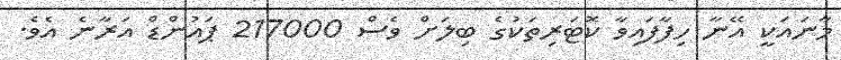
މާނައަކީ އޭނާ ހިފާފައިވާ ކޮޓަރިތަކުގެ ބިލަށް ވެސް 217000 ޕައުންޑް އަރާނެ އެވެ.